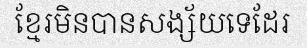
ខ្មែរមិនបានសង្ស័យទេដែរ